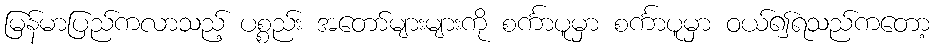
မြန်မာပြည်ကလာသည့် ပစ္စည်း အတော်များများကို စင်္ကာပူမှာ စင်္ကာပူမှာ ဝယ်၍ရသည်ကတော့